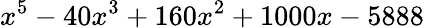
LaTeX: x^{5}-40x^{3}+160x^{2}+1000x-5888